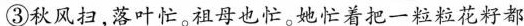
③秋风扫，落叶忙。祖母也忙。她忙着把一粒粒花籽都